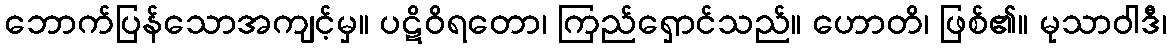
ဘောက်ပြန်သောအကျင့်မှ။ ပဋိဝိရတော၊ ကြည်ရှောင်သည်။ ဟောတိ၊ ဖြစ်၏။ မုသာဝါဒီ၊